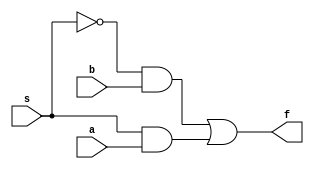
module xora(a, b, s, f);
    input a, b, s;
    output f;

    wire w1, w2, w3;
    not(w1, s);
    and(w2, s, a);
    and(w3, w1, b);
    or(f, w3, w2);
endmodule

module xorb(a, b, s, f);
    input a, b, s;
    output f;

    assign f = (s&a)|((~s)&b);
endmodule

module xorc(a, b, s, f);
    input a, b, s;
    output reg f;

    always@(*)
        begin
            if (s)
                f=a;
            else if (~s)
             // redundant written to show else if clause
                f=b;
            else
                f=b;
        end

endmodule